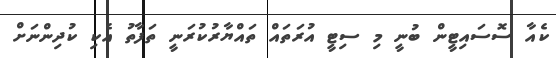
ކެއާ ސޮސައިޓީން ބުނީ މި ސިޓީ އުރަތައް ތައްޔާރުކުރަނީ ތަފާތު އެކި ކުދިންނަށް